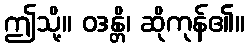
ဤသို့။ ဝဒန္တိ၊ ဆိုကုန်၏။